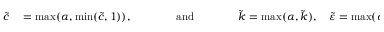
\begin{array} { r l } { \tilde { c } } & { { } = \mathrm { m a x } ( \alpha , \mathrm { m i n } ( \tilde { c } , 1 ) ) , \qquad \qquad \mathrm { a n d } \qquad \qquad \tilde { k } = \mathrm { m a x } ( \alpha , \tilde { k } ) , \quad \tilde { \varepsilon } = \mathrm { m a x } ( \alpha , \tilde { \varepsilon } ) \, , } \end{array}